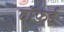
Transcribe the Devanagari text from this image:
वॉफर्ड